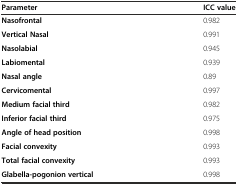
<table><thead><tr><td><b>Parameter</b></td><td><b>ICC value</b></td></tr></thead><tbody><tr><td><b>Nasofrontal</b></td><td>0.982</td></tr><tr><td><b>Vertical Nasal</b></td><td>0.991</td></tr><tr><td><b>Nasolabial</b></td><td>0.945</td></tr><tr><td><b>Labiomental</b></td><td>0.939</td></tr><tr><td><b>Nasal angle</b></td><td>0.89</td></tr><tr><td><b>Cervicomental</b></td><td>0.997</td></tr><tr><td><b>Medium facial third</b></td><td>0.982</td></tr><tr><td><b>Inferior facial third</b></td><td>0.975</td></tr><tr><td><b>Angle of head position</b></td><td>0.998</td></tr><tr><td><b>Facial convexity</b></td><td>0.993</td></tr><tr><td><b>Total facial convexity</b></td><td>0.993</td></tr><tr><td><b>Glabella-pogonion vertical</b></td><td>0.998</td></tr></tbody></table>